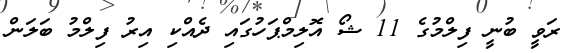
ރަވީ ބުނީ ފިލްމުގެ 11 ޝޯ އޮލިމްޕަހުގައި ދެއްކި އިރު ފިލްމު ބަލަން